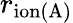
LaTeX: r_{\mathrm{ion(A)}}